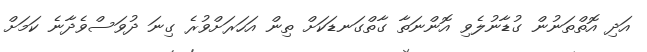
އަދި އޮތްތަނުން ގުޑާނުލެވި އޮންނަތާ ގާތްގަނޑަކަށް ތިން އަހަރަށްވުރެ ގިނަ ދުވަސްވެދާނެ ކަމަށް